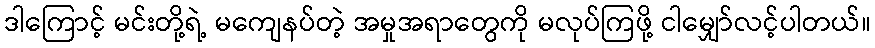
ဒါကြောင့် မင်းတို့ရဲ့ မကျေနပ်တဲ့ အမှုအရာတွေကို မလုပ်ကြဖို့ ငါမျှော်လင့်ပါတယ်။